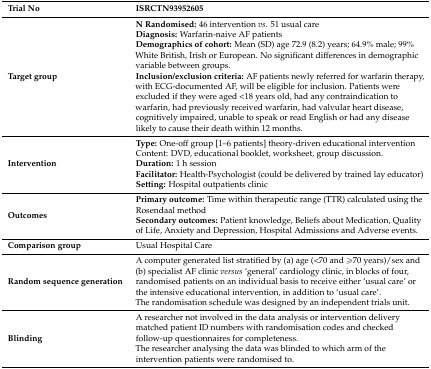
<table><thead><tr><td><b>Trial No</b></td><td><b>ISRCTN93952605</b></td></tr></thead><tbody><tr><td><b>Target group</b></td><td><b>N Randomised:</b> 46 intervention <i>vs.</i> 51 usual care<b>Diagnosis:</b> Warfarin-naive AF patients<b>Demographics of cohort:</b> Mean (SD) age 72.9 (8.2) years; 64.9% male; 99% White British, Irish or European. No significant differences in demographic variable between groups.<b>Inclusion/exclusion criteria:</b> AF patients newly referred for warfarin therapy, with ECG-documented AF, will be eligible for inclusion. Patients were excluded if they were aged &lt;18 years old, had any contraindication to warfarin, had previously received warfarin, had valvular heart disease, cognitively impaired, unable to speak or read English or had any disease likely to cause their death within 12 months.</td></tr><tr><td><b>Intervention</b></td><td><b>Type: </b>One-off group [1–6 patients] theory-driven educational interventionContent: DVD, educational booklet, worksheet, group discussion.<b>Duration:</b> 1 h session<b>Facilitator:</b> Health-Psychologist (could be delivered by trained lay educator)<b>Setting:</b> Hospital outpatients clinic</td></tr><tr><td><b>Outcomes</b></td><td><b>Primary outcome:</b> Time within therapeutic range (TTR) calculated using the Rosendaal method<b>Secondary outcomes:</b> Patient knowledge, Beliefs about Medication, Quality of Life, Anxiety and Depression, Hospital Admissions and Adverse events.</td></tr><tr><td><b>Comparison group</b></td><td>Usual Hospital Care</td></tr><tr><td><b>Random sequence generation</b></td><td>A computer generated list stratified by (a) age (&lt;70 and ≥70 years)/sex and (b) specialist AF clinic <i>versus</i> ‘general’ cardiology clinic, in blocks of four, randomised patients on an individual basis to receive either ‘usual care’ or the intensive educational intervention, in addition to ‘usual care’.The randomisation schedule was designed by an independent trials unit.</td></tr><tr><td><b>Blinding</b></td><td>A researcher not involved in the data analysis or intervention delivery matched patient ID numbers with randomisation codes and checked follow-up questionnaires for completeness.The researcher analysing the data was blinded to which arm of the intervention patients were randomised to.</td></tr></tbody></table>